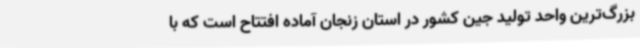
بزرگ‌ترین واحد تولید جین کشور در استان زنجان آماده افتتاح است که با